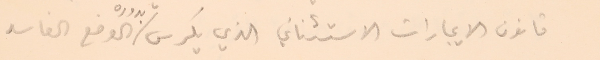
قانون الايجارات الاستثنائي الذي يكرس بدوره الوضع الفاسد